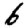
Digit: 6